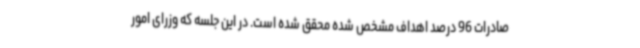
صادرات 96 درصد اهداف مشخص شده محقق شده است. در این جلسه که وزرای امور